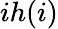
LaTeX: ih(i)